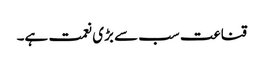
قناعت سب سے بڑی نعمت ہے۔